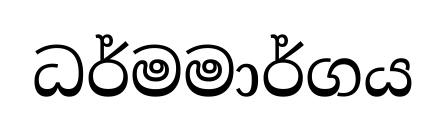
ධර්මමාර්ගය